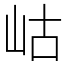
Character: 岵